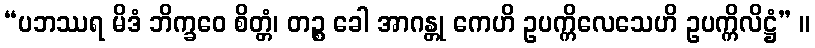
“ပဘဿရ မိဒံ ဘိက္ခဝေ စိတ္တံ၊ တဉ္စ ခေါ အာဂန္တု ကေဟိ ဥပက္ကိလေသေဟိ ဥပက္ကိလိဋ္ဌံ” ။